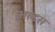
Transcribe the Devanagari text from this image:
अल्डस